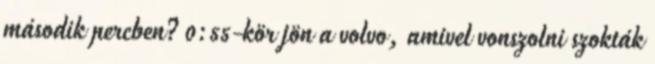
második percben? 0:55-kör jön a volvo, amivel vonszolni szokták